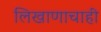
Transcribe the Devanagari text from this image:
लिखाणाचाही